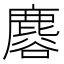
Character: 𪊿